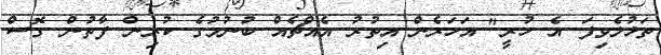
ތަޅުލެވިފަ އެ ހުރީ" އަހަރެން އިތުރު އެއްޗެއް ބުނުމުގެ ކުރިން ފާތުން ގޮސް